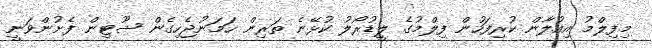
މިފިލްމު އިއުލާން ކުރިފަހުން ފިލްމުގެ ލީޑުރޯލު ކުޅޭނެ ތަރިން ހަމަނުޖެހިގެން ޝޫޓިން ފެށުންވަނީ